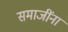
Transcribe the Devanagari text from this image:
समाजींना